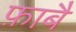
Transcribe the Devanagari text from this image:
फ़ाबै